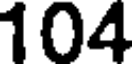
104